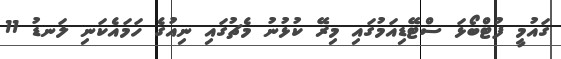
ގައުމީ ފުޓްބޯޅަ ސްޓޭޑިއަމުގައި މިރޭ ކުޅުނު މެޗުގައި ނިއުގެ ހަމައެކަނި ލަނޑު 11